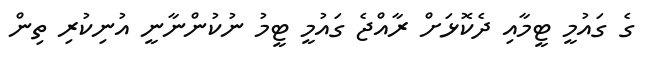
ގެ ގައުމީ ޓީމާއި ދެކޮޅަށް ރާއްޖެ ގައުމީ ޓީމު ނުކުންނާނީ އުނިކުރި ތިން